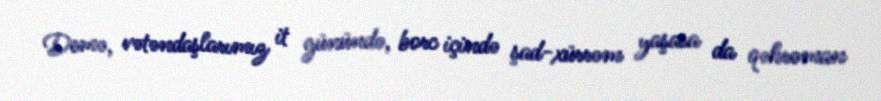
Demə, vətəndaşlarımız it günündə, borc içində şad-xürrəm yaşasa da qəhrəman